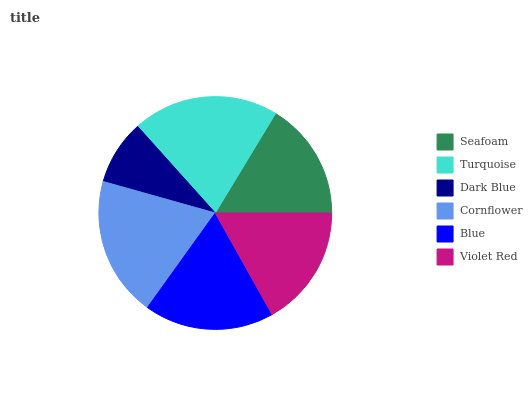
| Seafoam | Turquoise | Dark Blue | Cornflower | Blue | Violet Red |
 | --- | --- | --- | --- | --- | --- |
 | 16.4% | 20.4% | 9% | 19.4% | 18% | 16.9% |